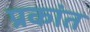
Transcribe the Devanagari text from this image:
प्रकांत